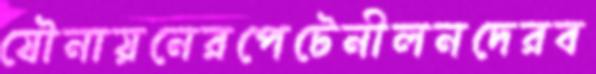
যৌনায়নেরপেটেনীলনদেরব